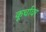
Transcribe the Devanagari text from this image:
कूर्चावर